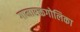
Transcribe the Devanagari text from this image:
गामारक्तगोलिका